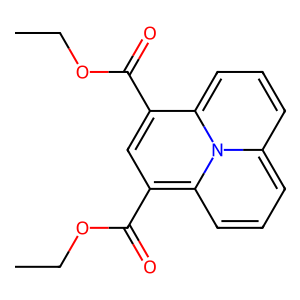
SMILES: CCOC(=O)c1cc(C(=O)OCC)c2cccc3cccc1-n-3-2
Inhibits HIV replication: No